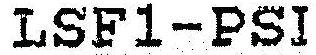
LSF1-PSI